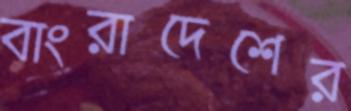
বাংরাদেশের